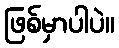
ဖြစ်မှာပါပဲ။